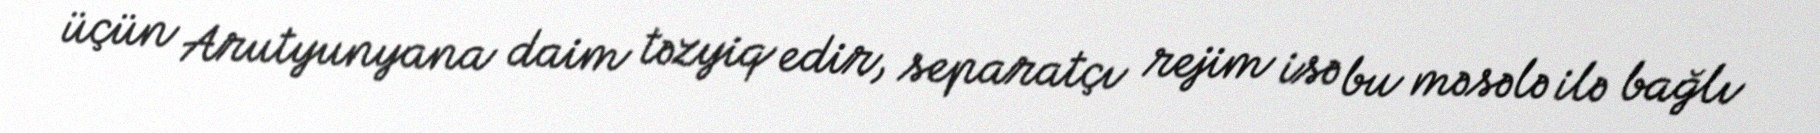
üçün Arutyunyana daim təzyiq edir, separatçı rejim isə bu məsələ ilə bağlı